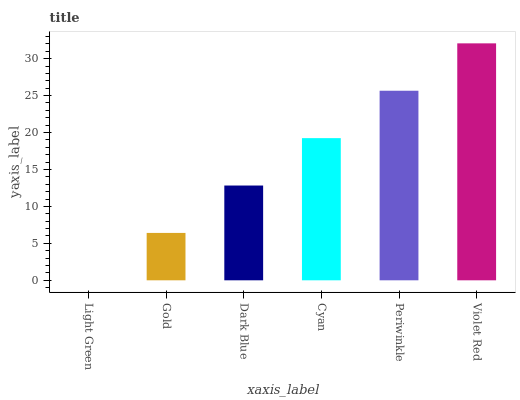
| xaxis_label | bars |
 | --- | --- |
 | Light Green | 0 |
 | Gold | 6.41 |
 | Dark Blue | 12.8 |
 | Cyan | 19.2 |
 | Periwinkle | 25.7 |
 | Violet Red | 32.1 |